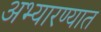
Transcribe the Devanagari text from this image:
अभ्यारण्यात